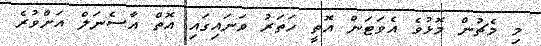
މި މެޗުން މޮޅުވެ އެވަޓަން އޮތީ ހަތަރު ވަނައިގައި އޮތް އާސެނަލް އަށްވުރެ